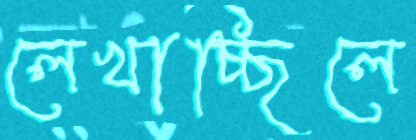
লেখাচ্ছিলে